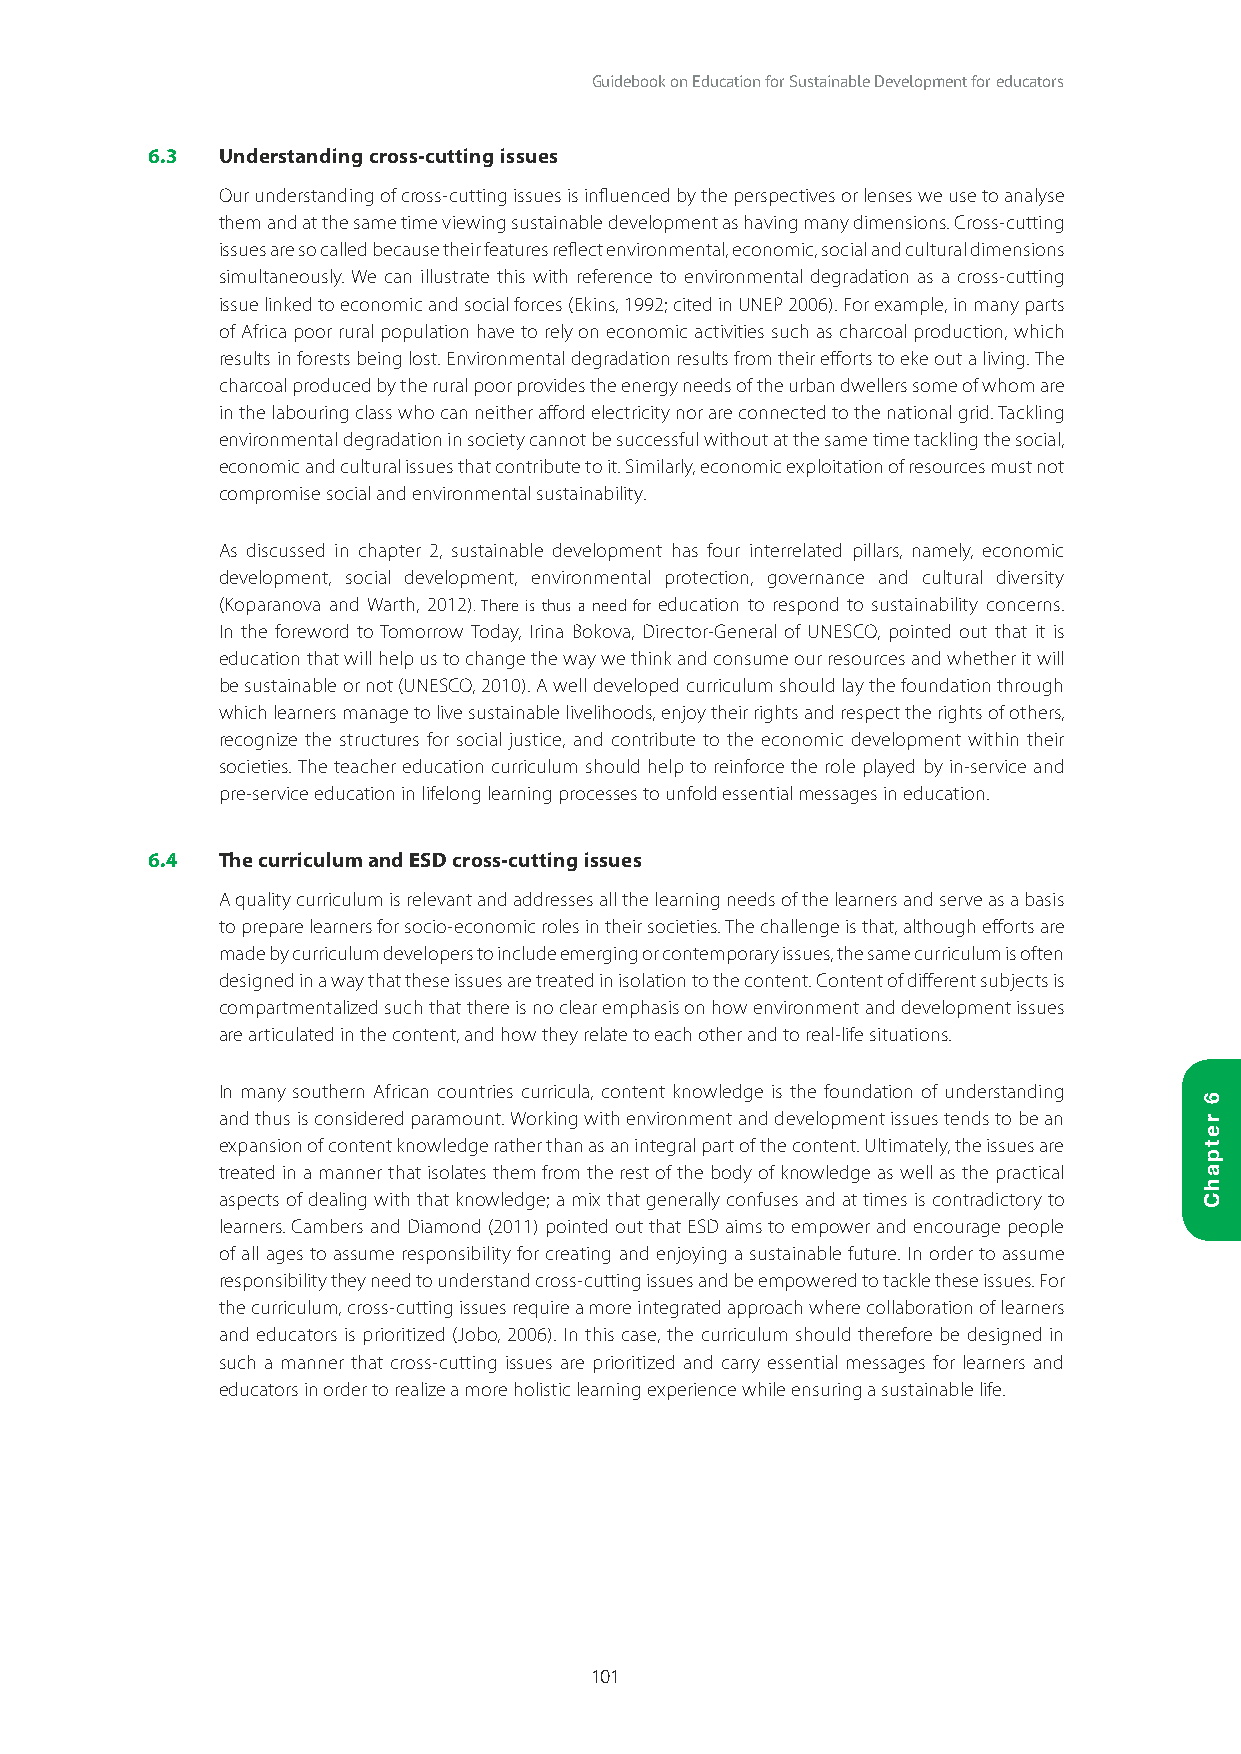
Guidebook on Education for Sustainable Development for educators
 6.3 Understanding cross-cutting issues
 Our understanding of cross-cutting issues is influenced by the perspectives or lenses we use to analyse
 them and at the same time viewing sustainable development as having many dimensions. Cross-cutting
 issues are so called because their features reflect environmental, economic, social and cultural dimensions
 simultaneously. We can illustrate this with reference to environmental degradation as a cross-cutting
 issue linked to economic and social forces (Ekins, 1992; cited in UNEP 2006). For example, in many parts
 of Africa poor rural population have to rely on economic activities such as charcoal production, which
 results in forests being lost. Environmental degradation results from their efforts to eke out a living. The
 charcoal produced by the rural poor provides the energy needs of the urban dwellers some of whom are
 in the labouring class who can neither afford electricity nor are connected to the national grid. Tackling
 environmental degradation in society cannot be successful without at the same time tackling the social,
 economic and cultural issues that contribute to it. Similarly, economic exploitation of resources must not
 compromise social and environmental sustainability.
 As discussed in chapter 2, sustainable development has four interrelated pillars, namely, economic
 development, social development, environmental protection, governance and cultural diversity
 (Koparanova and Warth, 2012). There is thus a need for education to respond to sustainability concerns.
 In the foreword to Tomorrow Today, Irina Bokova, Director-General of UNESCO, pointed out that it is
 education that will help us to change the way we think and consume our resources and whether it will
 be sustainable or not (UNESCO, 2010). A well developed curriculum should lay the foundation through
 which learners manage to live sustainable livelihoods, enjoy their rights and respect the rights of others,
 recognize the structures for social justice, and contribute to the economic development within their
 societies. The teacher education curriculum should help to reinforce the role played by in-service and
 pre-service education in lifelong learning processes to unfold essential messages in education.
 6.4 The curriculum and ESD cross-cutting issues
 A quality curriculum is relevant and addresses all the learning needs of the learners and serve as a basis
 to prepare learners for socio-economic roles in their societies. The challenge is that, although efforts are
 made by curriculum developers to include emerging or contemporary issues, the same curriculum is often
 designed in a way that these issues are treated in isolation to the content. Content of different subjects is
 compartmentalized such that there is no clear emphasis on how environment and development issues
 are articulated in the content, and how they relate to each other and to real-life situations.
 In many southern African countries curricula, content knowledge is the foundation of understanding
 and thus is considered paramount. Working with environment and development issues tends to be an
 expansion of content knowledge rather than as an integral part of the content. Ultimately, the issues are
 treated in a manner that isolates them from the rest of the body of knowledge as well as the practical
 aspects of dealing with that knowledge; a mix that generally confuses and at times is contradictory to
 learners. Cambers and Diamond (2011) pointed out that ESD aims to empower and encourage people
 of all ages to assume responsibility for creating and enjoying a sustainable future. In order to assume
 responsibility they need to understand cross-cutting issues and be empowered to tackle these issues. For
 the curriculum, cross-cutting issues require a more integrated approach where collaboration of learners
 and educators is prioritized (Jobo, 2006). In this case, the curriculum should therefore be designed in
 such a manner that cross-cutting issues are prioritized and carry essential messages for learners and
 educators in order to realize a more holistic learning experience while ensuring a sustainable life.
 101
 6
 retpahC